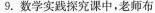
9.数学实践探究课中，老师布